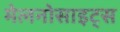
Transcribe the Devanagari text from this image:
मेलनोसाइट्स